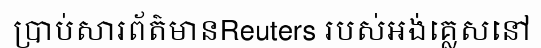
ប្រាប់សារព័ត៌មានReuters របស់អង់គ្លេសនៅ